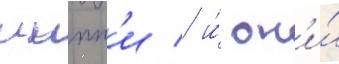
иипп'и / и́ он'и́